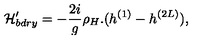
{ \cal H } _ { b d r y } ^ { \prime } = - \frac { 2 i } { g } \rho _ { H } . ( h ^ { ( 1 ) } - h ^ { ( 2 L ) } ) ,